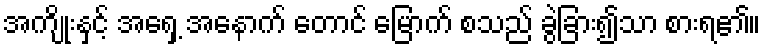
အကျိုးနှင့် အရှေ့ အနောက် တောင် မြောက် စသည် ခွဲခြား၍သာ စားရ၏။